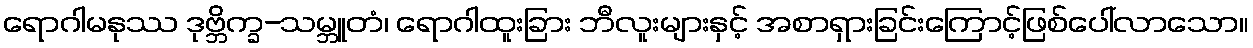
ရောဂါမနုဿ ဒုဗ္ဘိက္ခ-သမ္ဘူတံ၊ ရောဂါထူးခြား ဘီလူးများနှင့် အစာရှားခြင်းကြောင့်ဖြစ်ပေါ်လာသော။